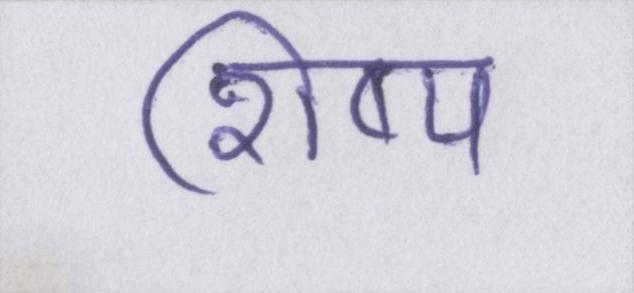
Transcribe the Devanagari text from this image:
शिष्य